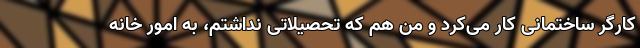
کارگر ساختمانی کار می‌کرد و من هم که تحصیلاتی نداشتم، به امور خانه